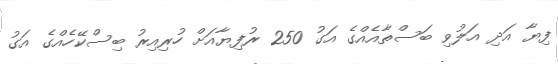
ފިޔާ އަދި އަލުވި ބަސްތާއެއްގެ އަގު 250 ރުފިޔާއަށް ހުރިއިރު ބިސްކޭހެއްގެ އަގު